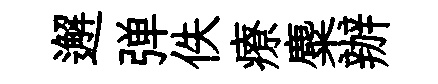
邂弹佚療麋辦